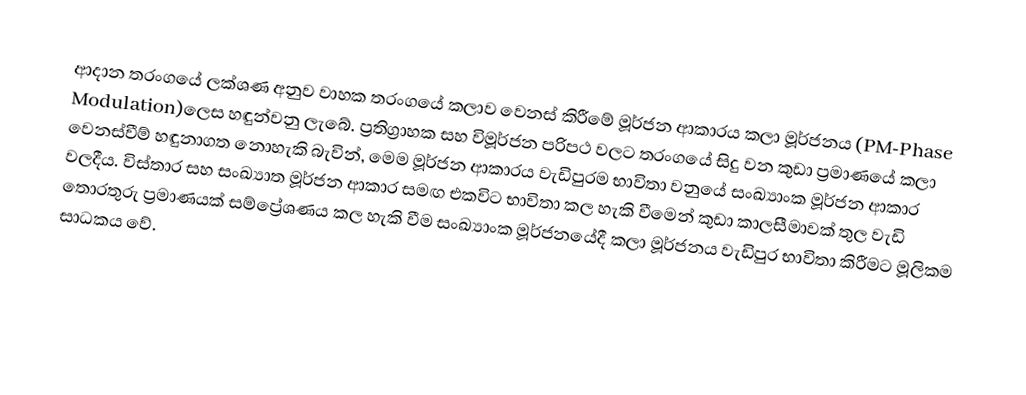
ආදාන තරංගයේ ලක්ශණ අනුව වාහක තරංගයේ කලාව වෙනස් කිරීමේ මූර්ජන ආකාරය කලා මූර්ජනය (PM-Phase Modulation)ලෙස හඳුන්වනු ලැබේ. ප්‍රතිග්‍රාහක සහ විමූර්ජන පරිපථ වලට තරංගයේ සිදු වන කුඩා ප්‍රමාණයේ කලා වෙනස්වීම් හඳුනාගත නොහැකි බැවින්, මෙම මූර්ජන ආකාරය වැඩිපුරම භාවිතා වනුයේ සංඛ්‍යාංක මූර්ජන ආකාර වලදීය. විස්තාර සහ සංඛ්‍යාත  මූර්ජන ආකාර සමඟ එකවිට භාවිතා කල හැකි වීමෙන් කුඩා කාලසීමාවක් තුල වැඩි තොරතුරු ප්‍රමාණයක් සම්ප්‍රේශණය කල හැකි වීම සංඛ්‍යාංක මූර්ජනයේදී කලා මූර්ජනය වැඩිපුර භාවිතා කිරීමට මූලිකම සාධකය වේ.